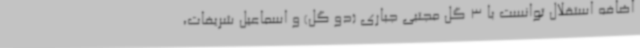
اضافه استقلال توانست با 3 گل مجتبی جباری (دو گل) و اسماعیل شریفات،